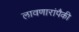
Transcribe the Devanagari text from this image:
लावणारांपैकी